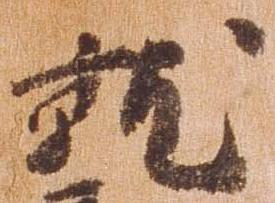
就